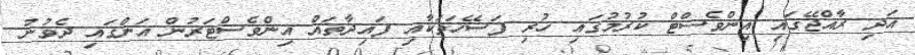
އަދި ރާއްޖޭގައި އިންވެސްޓް ކުރުމުގައި ހުރި ފަސޭހަތަކާއި ފައިދާތައް އިންވެސްޓަރުން އަންގައި ދެވުނު